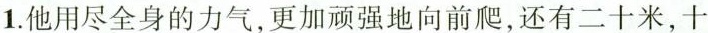
1.他用尽全身的力气，更加顽强地向前爬，还有二十米，十